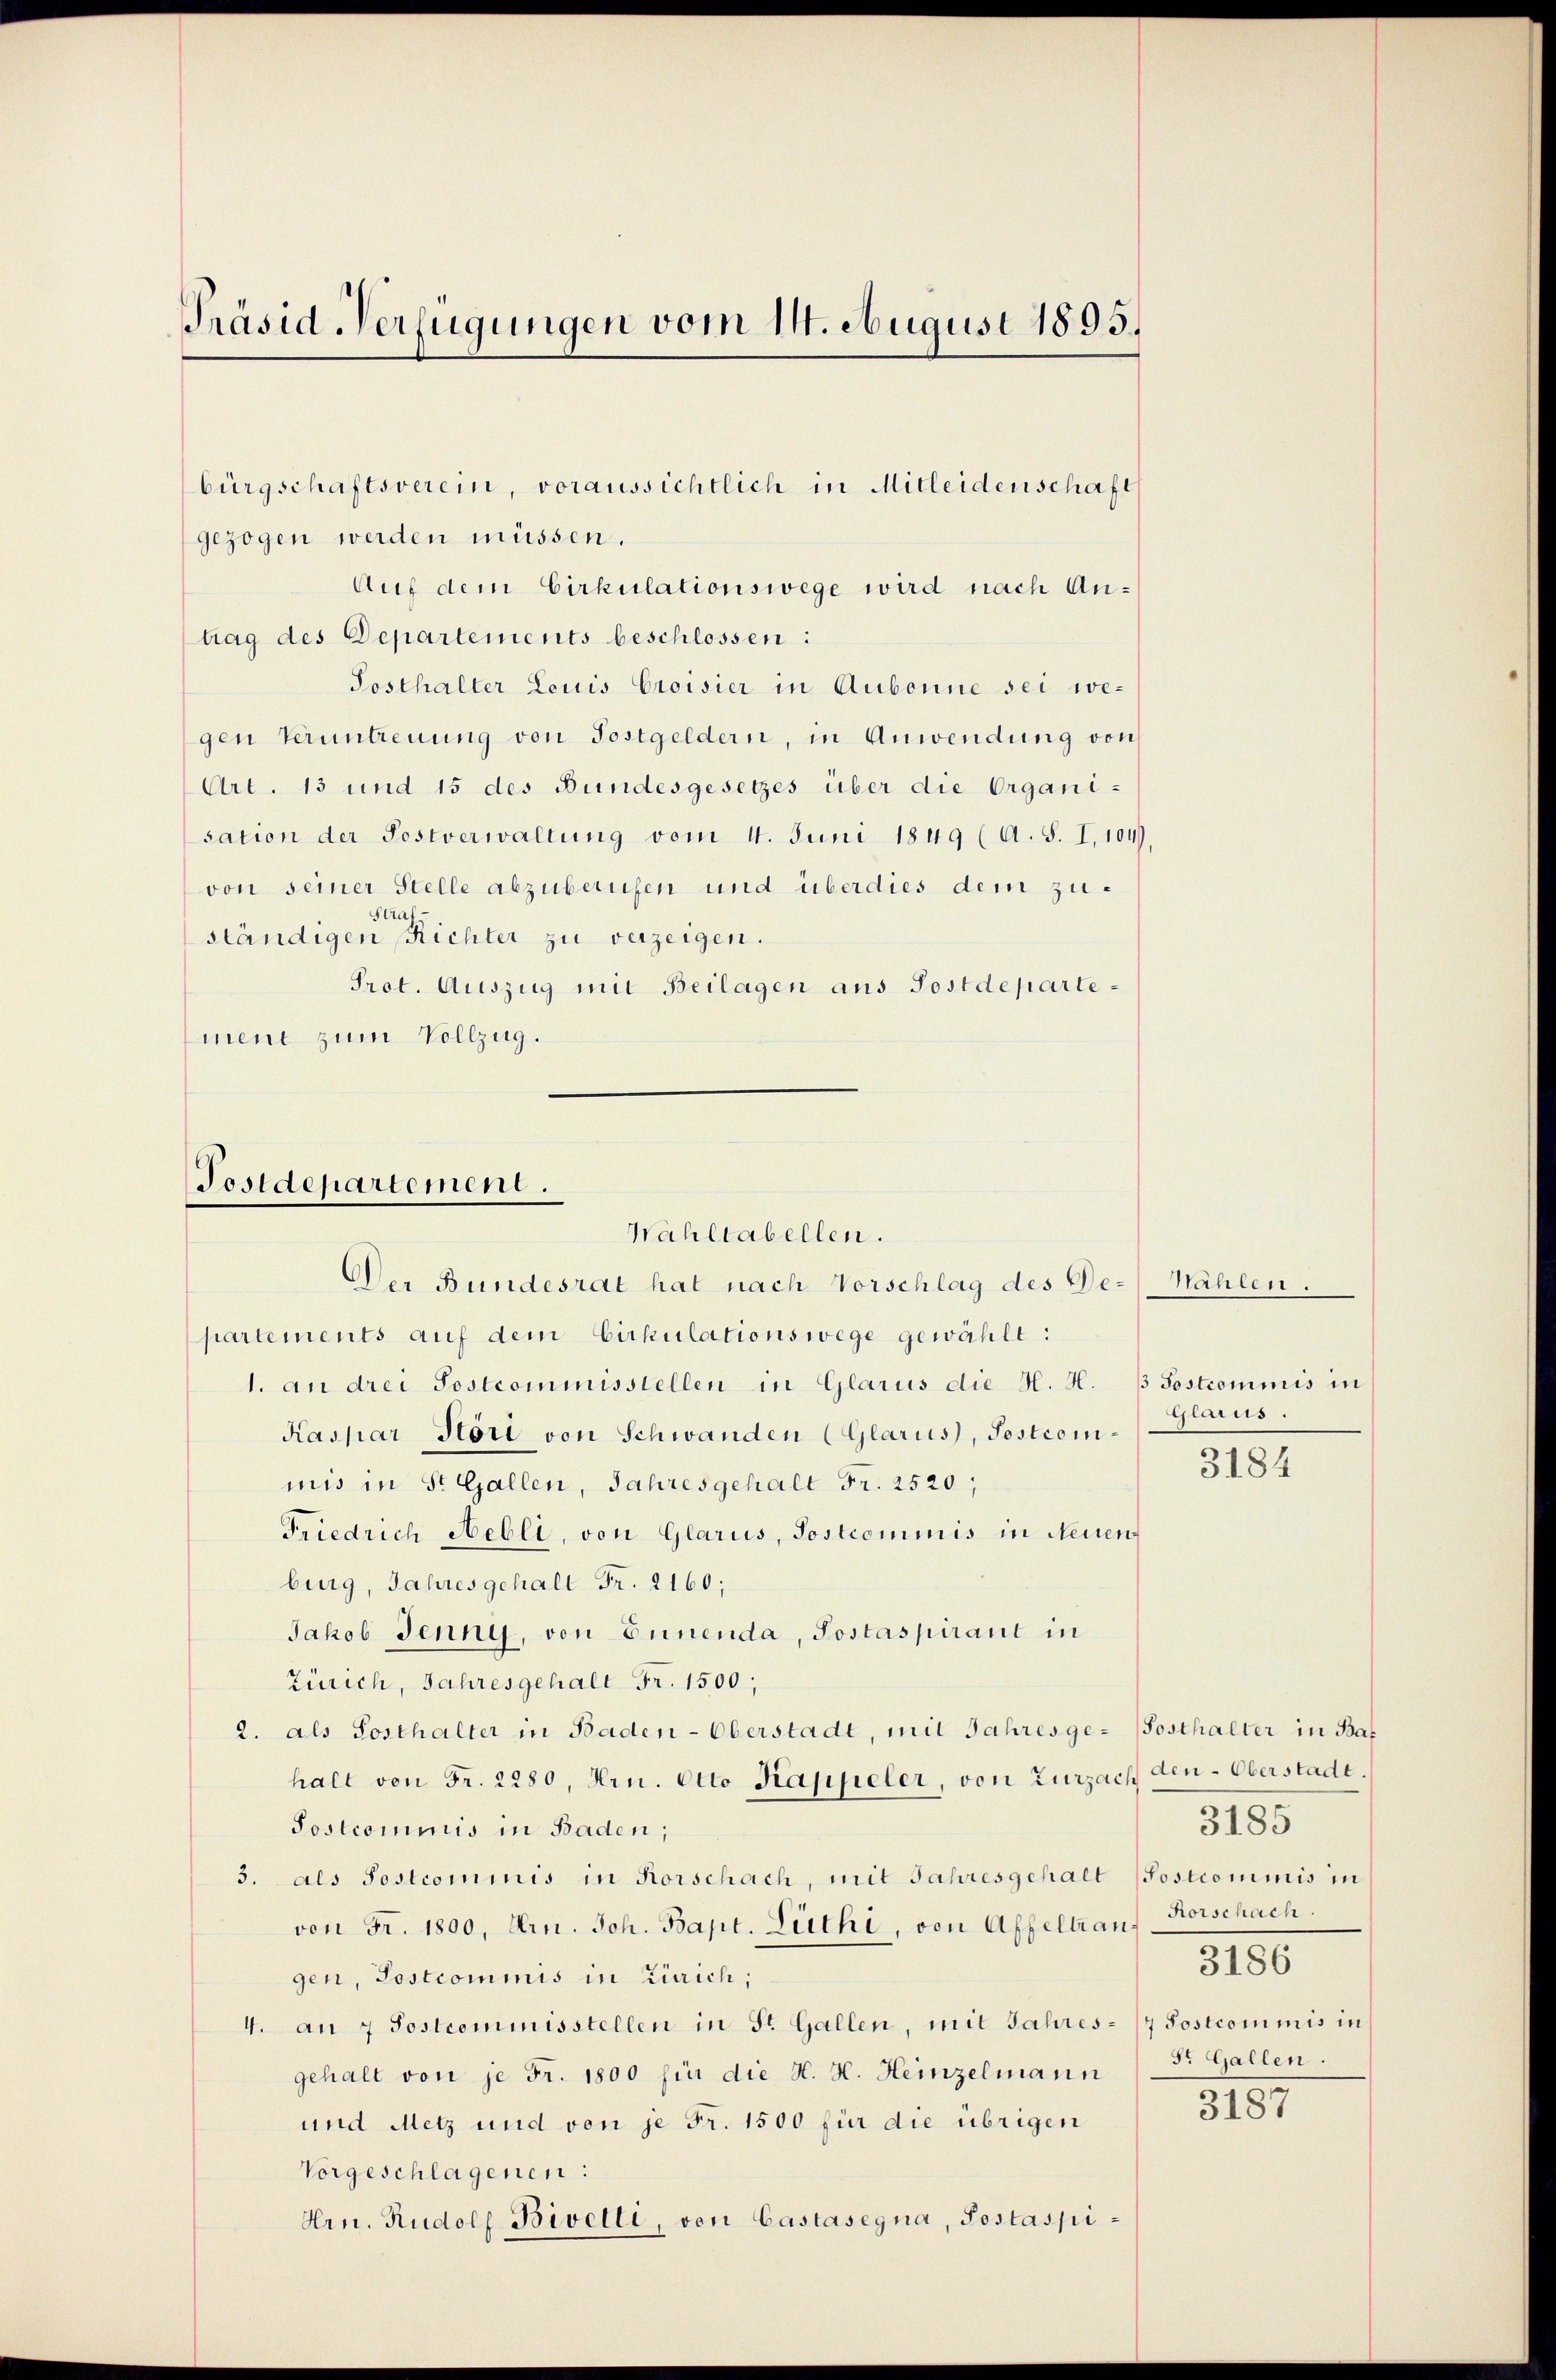
Präsid Verfügungen vom 14. August 1895.

bürgschaftsverein, voraussichtlich in Mitleidenschaft
gezogen werden müssen.
Auf dem Cirkulationswege wird nach Antrag des Departements beschlossen:
Posthalter Louis Croisier in Aubonne sei wegen Veruntreuung von Postgeldern, in Anwendung von
Art. 13 und 15 des Bundesgesetzes über die Organi-
sation der Postverwaltung vom 11. Juni 1849 (A. S. I,104),
von seiner Stelle abzuberufen und überdies dem zu¬
Stra
ständigen Richter zu verzeigen.
Prot. Auszug mit Beilagen aus Postdepartement zum Vollzug.

Postdepartement.
Wahltabellen.
Der Bundesrat hat nach Vorschlag des De¬

partements auf dem Cirkulationswege gewählt:
1. an drei Sostcommisstellen in Glarus die H. H.
Kaspar Höri von Schwanden (Glarus, Sostrommis in St. Gallen, Jahresgehalt Fr. 2520,
Friedrich Nebli, von Glarus, Postcommis in Neuen
burg, Jahresgehalt Fr. 2160;
Jakob Jenny, von Ennenda, Postaspirant in
Zürich, Jahresgehalt Fr. 1500;
2. als Posthalter in Baden-Oberstadt, mit Jahresge- (Posthalter in Bas
halt von Fr. 2280, Hrn. Otto Kappeler, von Zurzach den-Oberstadt.
Sostcommis in Baden;
3. als Postcommis in Rorschach, mit Jahresgehalt (Postcommis in
von Fr. 1800, Arn. Joh. Bapt. Lüthi, von Affeltrangen, Postcommis in Zürich;
4. an 7 Postcommisstellen in St. Gallen, mit Jahres-/7 Postcommis in
gehalt von je Fr. 1800 für die H. H. Heinzelmann
und Metz und von je Fr. 1500 für die übrigen
Vorgeschlagenen:
Hrn. Rudolf Bivelli, von Castasegna, Postaspi¬

Nählen.

3 Postcommis in
Glarus.

3184

3185
Rorschach.
3186
5r Gallen.

3157